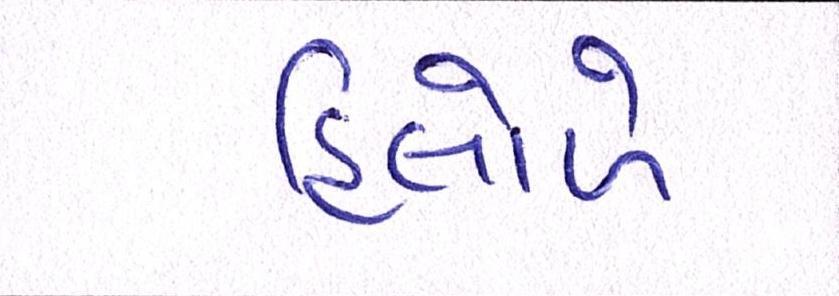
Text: હિલોળે